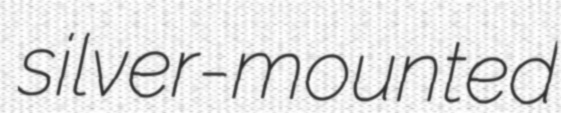
silver-mounted